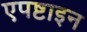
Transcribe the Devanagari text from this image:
एपष्टाइन